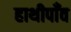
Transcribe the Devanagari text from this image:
हाथीपाँव